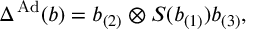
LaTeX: \Delta ^ { \mathrm { \scriptsize ~ A d } } ( b ) = b _ { ( 2 ) } \otimes S ( b _ { ( 1 ) } ) b _ { ( 3 ) } ,